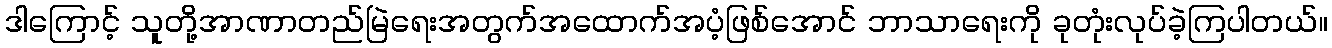
ဒါကြောင့် သူတို့အာဏာတည်မြဲရေးအတွက်အထောက်အပံ့ဖြစ်အောင် ဘာသာရေးကို ခုတုံးလုပ်ခဲ့ကြပါတယ်။